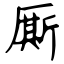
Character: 厮